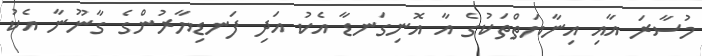
މުސާރަ އާއި އިނާޔަތްތަކުގެ އާ އޮނިގަނޑާ އެކު އަދި ފަނޑިޔާރުންގެ ގާނޫނާ އެކު